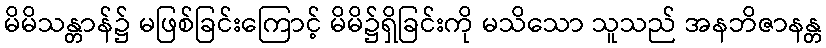
မိမိသန္တာန်၌ မဖြစ်ခြင်းကြောင့် မိမိ၌ရှိခြင်းကို မသိသော သူသည် အနဘိဇာနန္တ